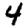
Digit: 4